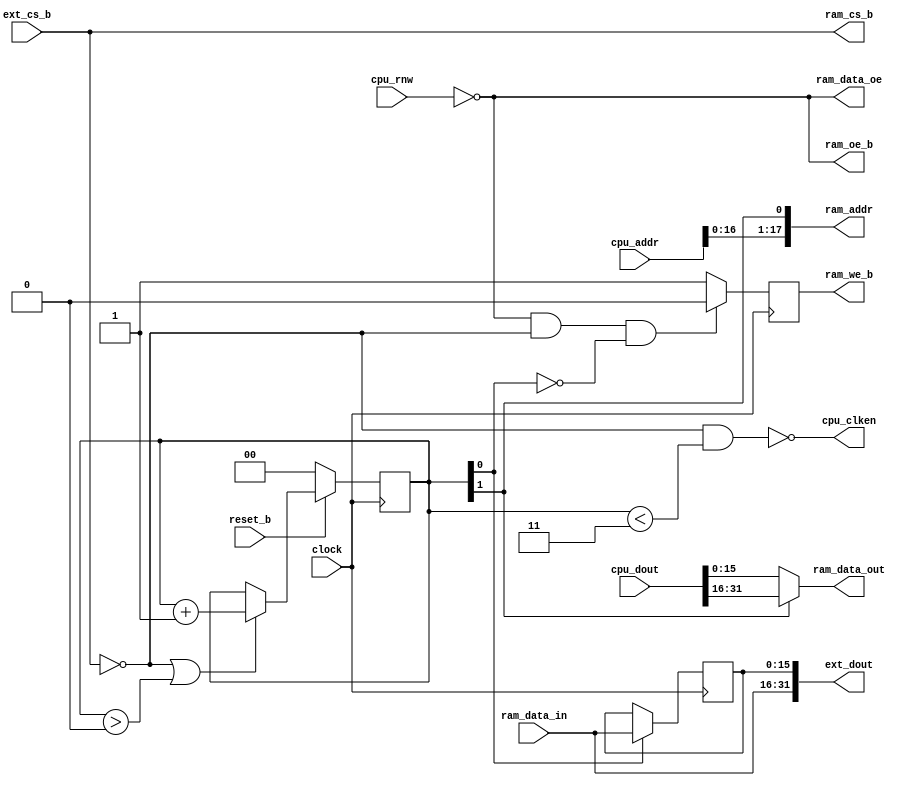
module memory_controller
  (
   clock,
   reset_b,

   // CPU Signals
   ext_cs_b,
   cpu_rnw,
   cpu_clken,
   cpu_addr,
   cpu_dout,
   ext_dout,

   // Ram Signals
   ram_cs_b,
   ram_oe_b,
   ram_we_b,
   ram_data_in,
   ram_data_out,
   ram_data_oe,
   ram_addr
   );

   parameter DSIZE        = 32;
   parameter ASIZE        = 20;

   input                 clock;
   input                 reset_b;

   // CPU Signals
   input                 ext_cs_b;
   input                 cpu_rnw;
   output                cpu_clken;
   input [ASIZE-1:0]     cpu_addr;
   input [DSIZE-1:0]     cpu_dout;
   output [DSIZE-1:0]    ext_dout;

   // Ram Signals
   output                ram_cs_b;
   output                ram_oe_b;
   output                ram_we_b;
   output [17:0]         ram_addr;

   input  [15:0]         ram_data_in;
   output [15:0]         ram_data_out;
   output                ram_data_oe;

   wire                  ext_a_lsb;
   reg                   ext_we_b;
   reg [15:0]            ram_data_last;
   reg [1:0]             count;

   // Count 0..3 during external memory cycles
   always @(posedge clock)
     if (!reset_b)
       count <= 0;
     else if (!ext_cs_b || count > 0)
       count <= count + 1;

   // Drop clken for 3 cycles during an external memory access
   assign cpu_clken = !(!ext_cs_b && count < 3);

   // A0 = 0 for count 0,1 (low half-word) and A0 = 1 for count 2,3 (high half-word)
   assign ext_a_lsb = count[1];

   // Generate clean write co-incident with cycles 1 and 3
   // This gives a cycle of address/data setup and
   // Important this is a register so it is glitch free
   always @(posedge clock)
      if (!cpu_rnw && !ext_cs_b && !count[0])
         ext_we_b <= 1'b0;
      else
         ext_we_b <= 1'b1;

   // The low byte is registered at the end of cycle 1
   // The high byte is consumed directly from RAM at the end of cycle 3
   always @(posedge clock)
     if (count[0] == 1'b1)
       ram_data_last <= ram_data_in;

   assign ext_dout = { ram_data_in, ram_data_last };

   // ---------------------------------------------
   // external RAM
   // ---------------------------------------------

   assign ram_addr = {cpu_addr[16:0], ext_a_lsb};
   assign ram_cs_b = ext_cs_b;
   assign ram_oe_b = !cpu_rnw;
   assign ram_we_b = ext_we_b;

   assign ram_data_oe = !cpu_rnw;
   assign ram_data_out  = ext_a_lsb == 1 ? cpu_dout[31:16]  :
                                           cpu_dout[15:0]   ;

endmodule